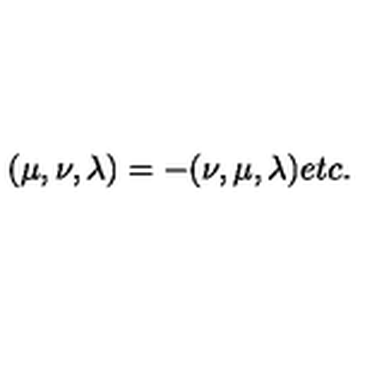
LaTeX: ( \mu , \nu , \lambda ) = - ( \nu , \mu , \lambda ) e t c .